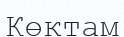
Көктам